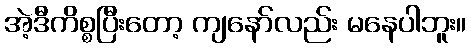
အဲ့ဒီကိစ္စပြီးတော့ ကျနော်လည်း မနေပါဘူး။